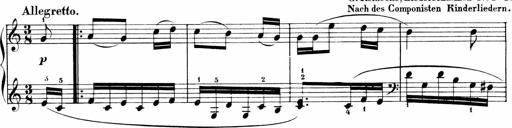
Title: 6 Liedersonatinen
Composer: Carl Reinecke